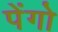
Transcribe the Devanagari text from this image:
पेंगो